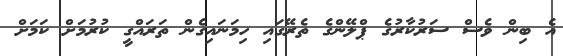
އެ ބިން ވެސް ސަރުކާރުގެ ޕްލޭންގެ ތެރޭގައި ހިމަނައިގެން ތަރައްގީ ކުރުމަށް ކަމަށް